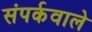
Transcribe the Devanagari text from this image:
संपर्कवाले